Kambja_algkool, lk 68
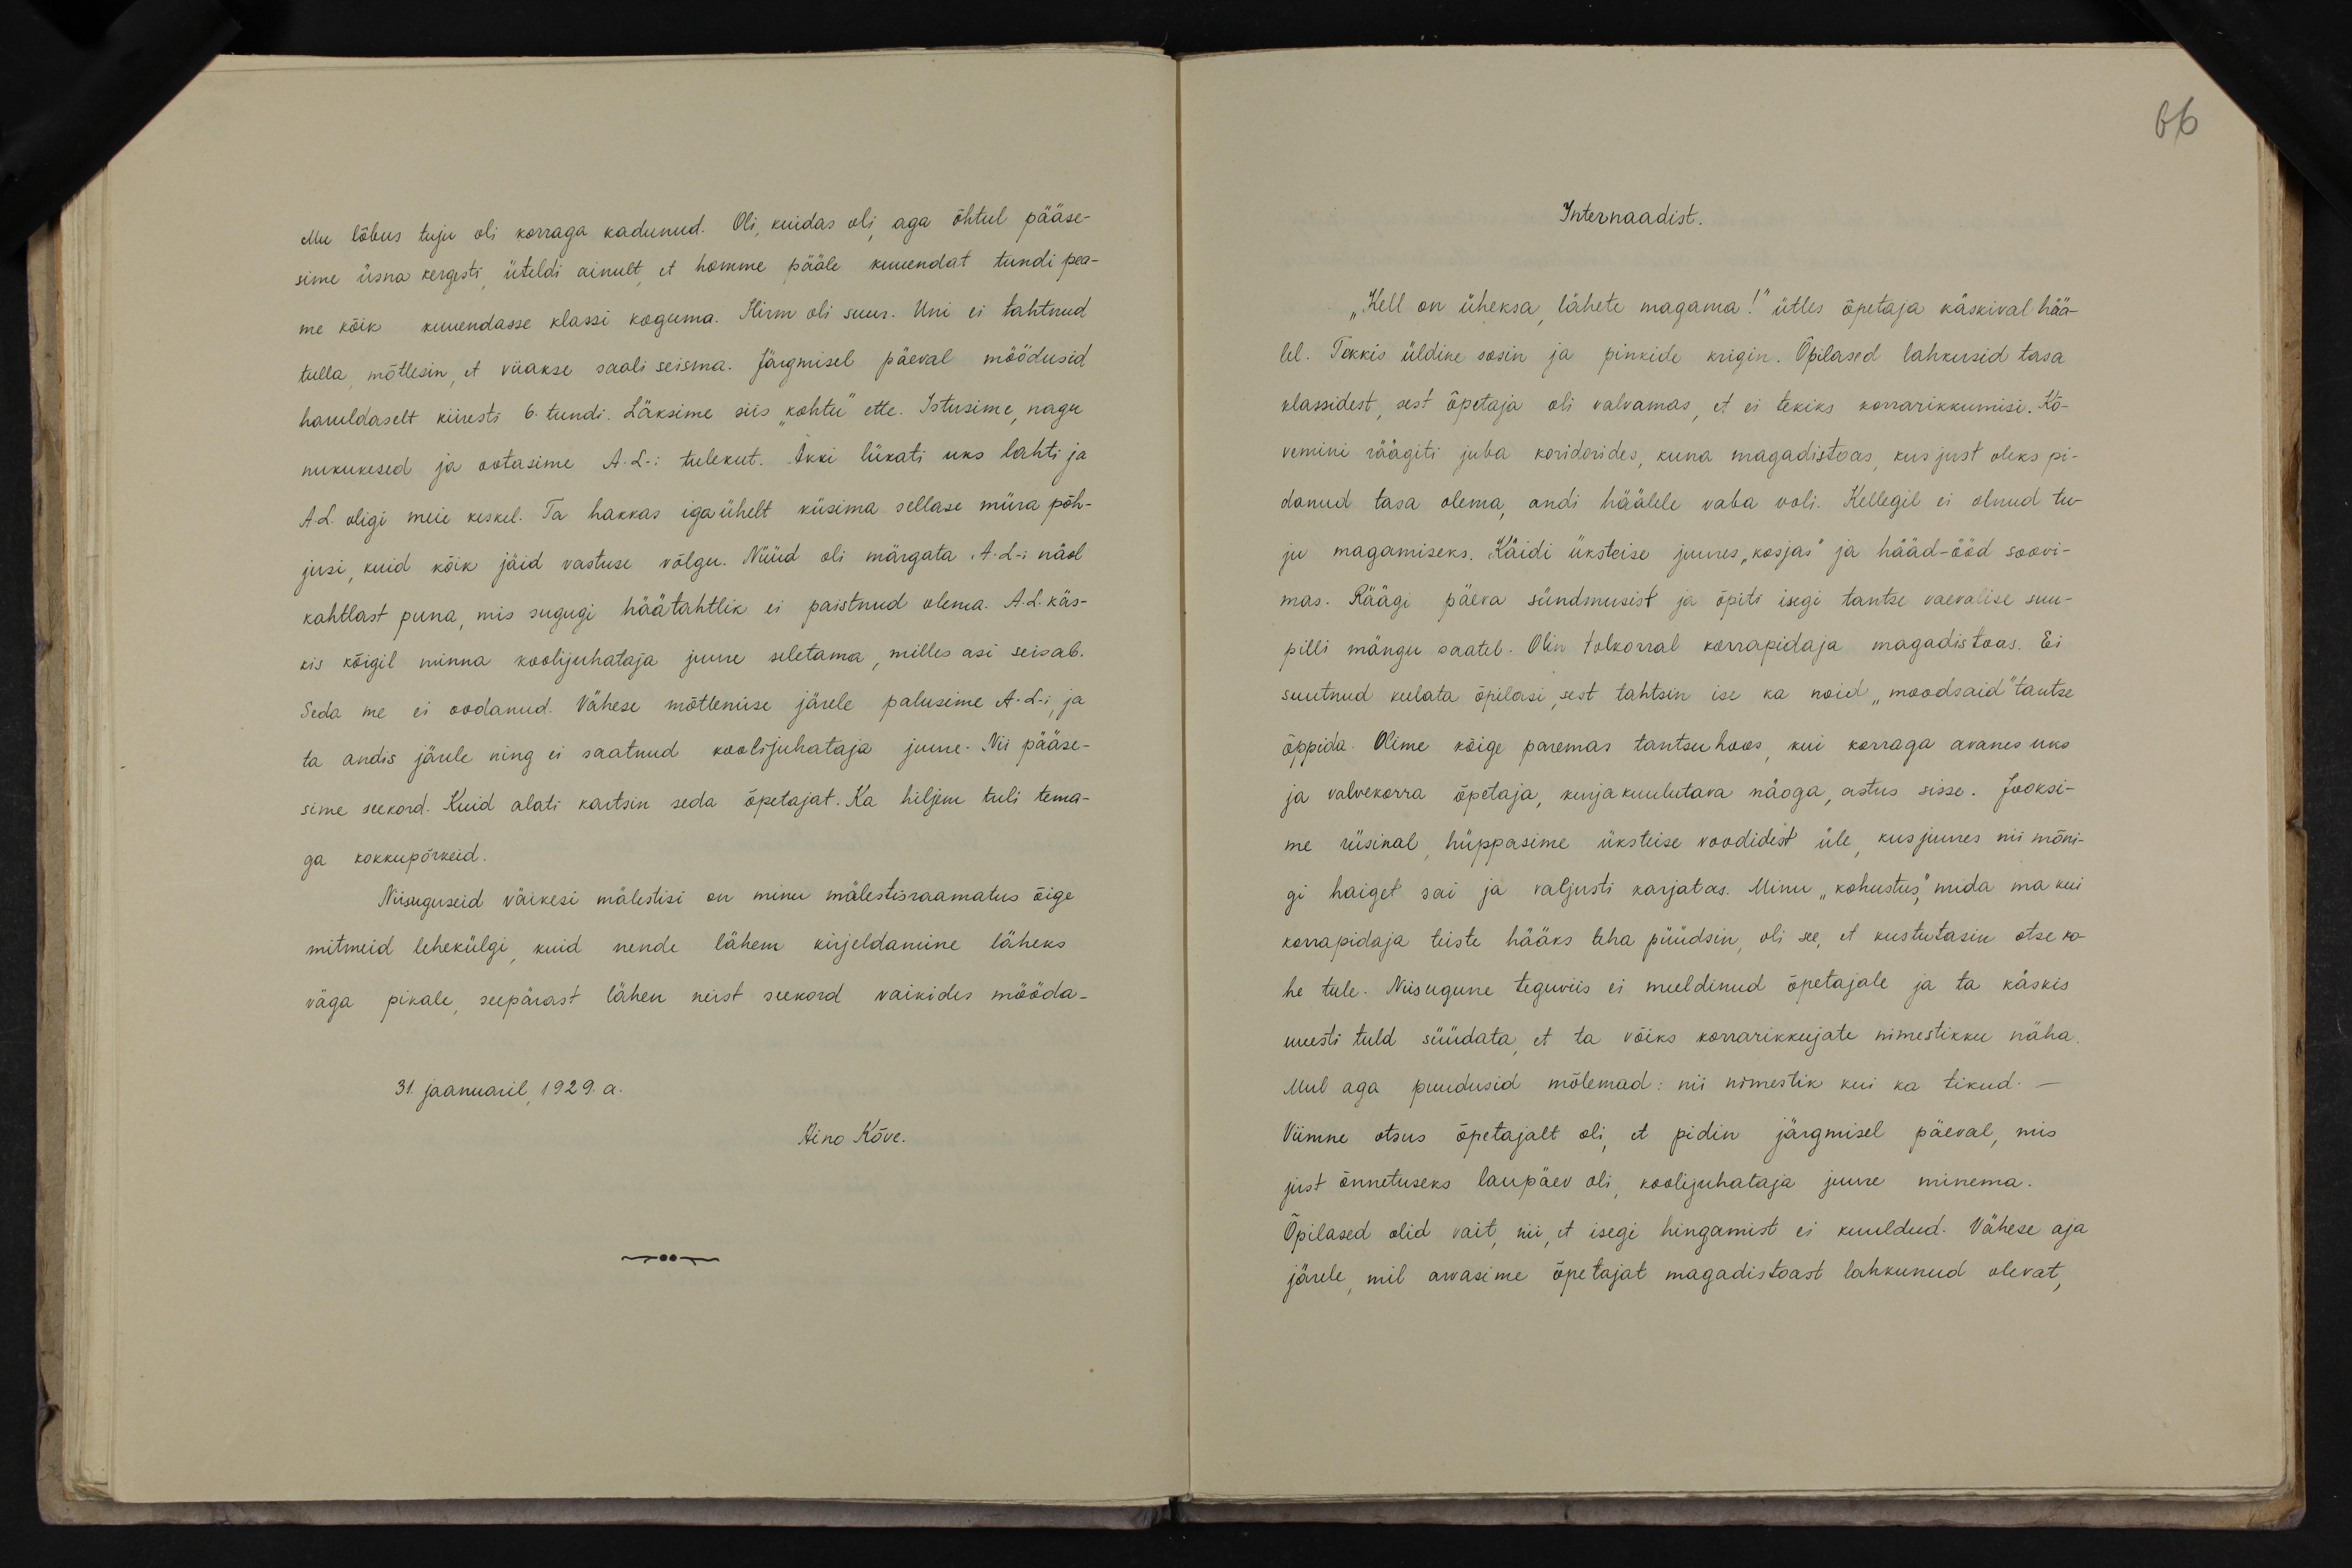
66

Mu lõbus tuju oli korraga kadunud. Oli, kuidas oli aga õhtul pääse-
sime üsna kergesti, üteldi ainult, et homme pääle kuuendat tundi pea-
me kõik kuuendasse klassi koguma. Hirm oli suur. Uni ei tahtnud
tulla mõtlesin, et viiakse saali seisma. Järgmisel päeval möödusid,
haruldaselt kiiresti 6. tundi. Läksime siis "kohtu" ette. Istusime nagu
nukukesed ja ootasime A.L-i tulekut. Akki lükati uks lahti ja
A.L. oligi meie keskel. Ta hakkas iga ühelt küsima sellase müra põh-
jusi kuid kõik jäid vastuse võlgu. Nüüd oli märgata, A.L-i näol
kahtlast puna, mis sugugi häätahtlik ei paistnud olema. A.L. käs-
kis kõigil minna koolijuhataja juure seletama, milles asi seisab.
Seda me ei oodanud. Vähese mõtlemise järele palusime A.L-i ja
ta andis järele ning ei saatnud koolijuhataja juure. Nii pääse-
sime seekord. Kuid alati kartsin seda õpetajat. Ka hiljem tuli tema-
ga kokkupõrkeid.
Niisuguseid väikesi mälestisi on minu mäiestisraamatus õige
mitmeid lehekülgi, kuid nende lähem kirjeldamine läheks
väga pikale, seepärast lähen neist seekord vaikides mööda-
31. jaanuaril 1929.a.
Aino Kõve

Internaadist.
„Kell on üheksa, lähete magama!" ütles õpetaja käskival hää-
lel. Tekkis üldine sosin ja pinkide krigin. Õpilased lahkusid tasa
klassidest, sest õpetaja oli valvamas, et ei tekiks korrarikkumisi. Kõ-
vemini räägiti juba koridorides, kuna magadistoas, kus just oleks pi-
danud tasa olema, andi häälele vaba voli. Kellegil ei olnud tu-
ju magamiseks. Käidi üksteise juures "kosjas" ja hääd-ööd soovi-
mas. Räägi päeva sündmusist ja õpiti isegi tantse vaevalise suu-
pilli mängu saatel. Olin tolkorral korrapidaja magadistoas. Ei
suutnud keelata õpilasi, sest tahtsin ise ka noid "moodsaid" tantse
õppida. Olime kõige paremas tantsuhoos, kui korraga avanes uks
ja valvekorra õpetaja, kurjakuulutava näoga, astus sisse. Jooksi-
me rüsinal, hüppasime üksteise voodidest üle, kusjuures nii mõni-
gi haiget sai ja valjusti karjatas. Minu "kohustus," mida ma kui
korrapidaja teiste hääks teha püüdsin, oli see, et kustutasin otse ko-
he tule. Niisugune teguviis ei meeldinud õpetajale ja ta käskis
uuesti tuld süüdata, et ta võiks korrarikkujate nimestikku näha.
Mul aga puudusid mõlemad: nii nimestik kui ka tikud.
Viimne otsus õpetajalt oli, et pidin järgmisel päeval, mis
just õnnetuseks laupäev oli, koolijuhataja juure minema.
Õpilased olid vait, nii, et isegi hingamist ei kuuldud. Vähese aja
järele, mil arvasime õpetajat magadistoast lahkunud olevat,